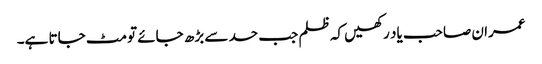
عمران صاحب یاد رکھیں کہ ظلم جب حد سے بڑھ جائے تو مٹ جاتا ہے۔